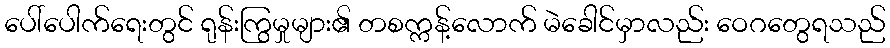
ပေါ်ပေါက်ရေးတွင် ရုန်းကြွမှုများ၏ တစက္ကန့်လောက် မဲခေါင်မှာလည်း ဝေဂတွေရသည်